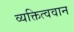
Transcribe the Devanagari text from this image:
व्यक्तित्ववान